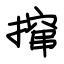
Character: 撺